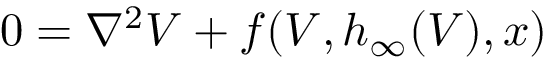
\begin{array} { r } { 0 = \nabla ^ { 2 } V + f ( V , h _ { \infty } ( V ) , x ) } \end{array}